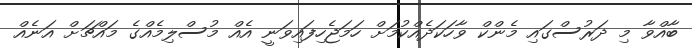
ބާއްވާ މި ދަރުސްގައި މެންކް ވާހަކަދެއްކުމަށް ހަމަޖެހިފައިވަނީ އެއް މުސްލިމެއްގެ މައްޗަށް އަނެއް